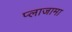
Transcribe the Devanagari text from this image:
प्लाजामा